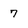
Character: 7